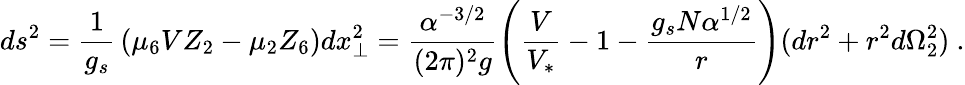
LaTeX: ds^{2}={\frac{1}{g_{s}}}\left(\mu_{6}VZ_{2}-\mu_{2}Z_{6}\right)dx_{\perp}^{2}={\frac{\alpha^{-3/2}}{(2\pi)^{2}g}}\Biggl(\frac{V}{V_{*}}-1-\frac{g_{s}N\alpha^{1/2}}{r}\Biggr)(dr^{2}+r^{2}d\Omega_{2}^{2})\ .